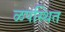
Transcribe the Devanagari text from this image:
ळपस्थित